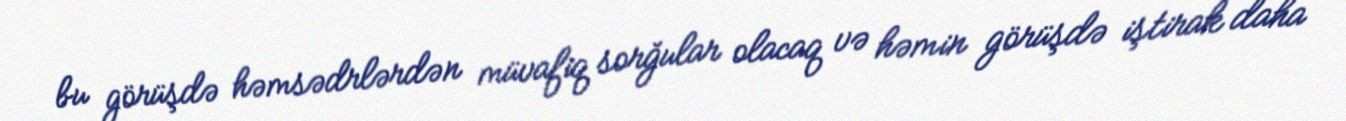
bu görüşdə həmsədrlərdən müvafiq sorğular olacaq və həmin görüşdə iştirak daha